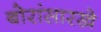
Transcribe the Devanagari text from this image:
बोरांसारखे